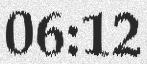
06:12